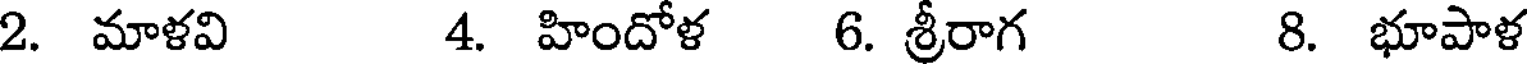
2. మాళవి 4. హిందోళ 6. శ్రీరాగ 8. భూపాళ